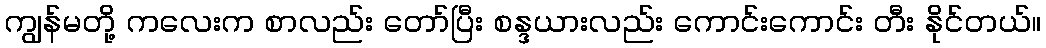
ကျွန်မတို့ ကလေးက စာလည်း တော်ပြီး စန္ဒယားလည်း ကောင်းကောင်း တီး နိုင်တယ်။